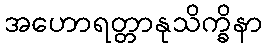
အဟောရတ္တာနုသိက္ခိနာ